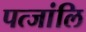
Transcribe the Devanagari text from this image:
पत्जांलि